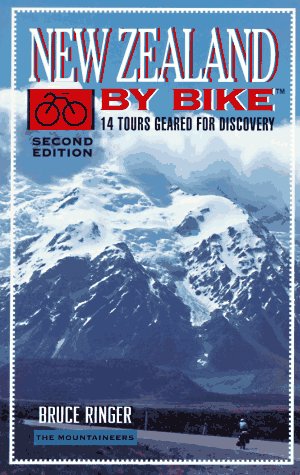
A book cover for New Zealand by Bike: 14 Tours Geared for Discovery; Bruce Ringer; Travel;